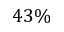
4 3 \%